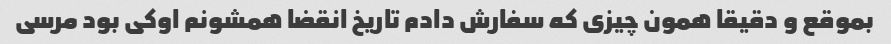
بموقع و دقیقا همون چیزی که سفارش دادم تاریخ انقضا همشونم اوکی بود مرسی